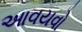
આવયવો